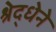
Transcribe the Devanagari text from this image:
श्रेद्धेने